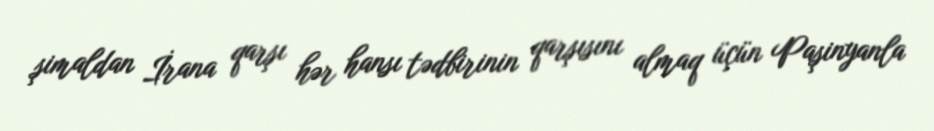
şimaldan İrana qarşı hər hansı tədbirinin qarşısını almaq üçün Paşinyanla